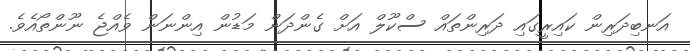
އަނބިދަރިން ކައިރީގައި ދަރިންތައް ސްކޫލް އަށް ގެންދަން މަޑުން އިންނަން ވެއްޖެ ނޫންތޯއެވެ.